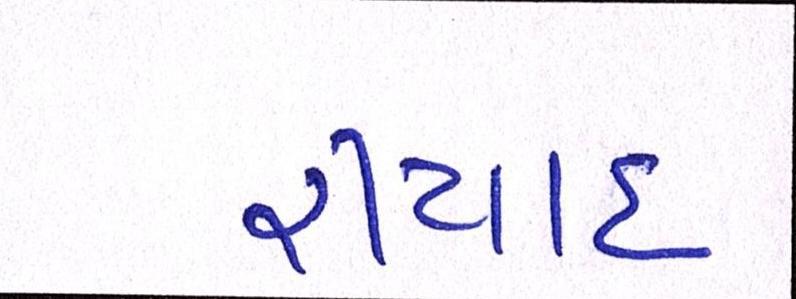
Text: રીયાદ